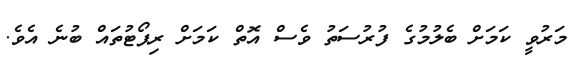
މަރުވީ ކަމަށް ބެލުމުގެ ފުރުސަތު ވެސް އޮތް ކަމަށް ރިޕޯޓުތައް ބުނެ އެވެ.